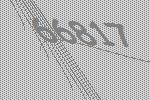
66817